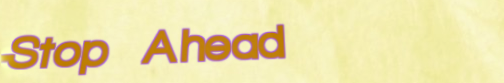
Stop Ahead